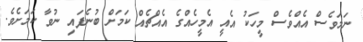
ނަމަވެސް އެއްވެސް މީހަކު އެއީ އެމީހެއްގެ އެއްޗެއް ކަމަށް ބުނެފައި ނުވާ ކަމަށެވެ.